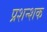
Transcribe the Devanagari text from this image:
प्रशन्शक